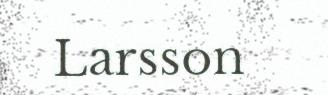
Larsson